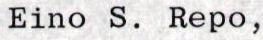
Eino S. Repo,